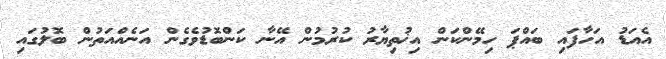
އެއަޑު އަހާފައި ބައްޕަ ހިމޭންކަން އިޚުތިޔާރު ކުރުމުން އޭނާ ކަންބޮޑުވެގެން އަނެއްއަތުން ބޮލުގައި